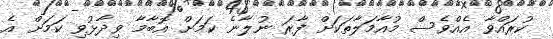
ކުރައްވާ އެއްވެސް މުއާމަލާތަކަށް ފާރަ ނުލާނެ ކަމަށް އޮބާމާ ވިދާޅުވި ކަމަށް އެ